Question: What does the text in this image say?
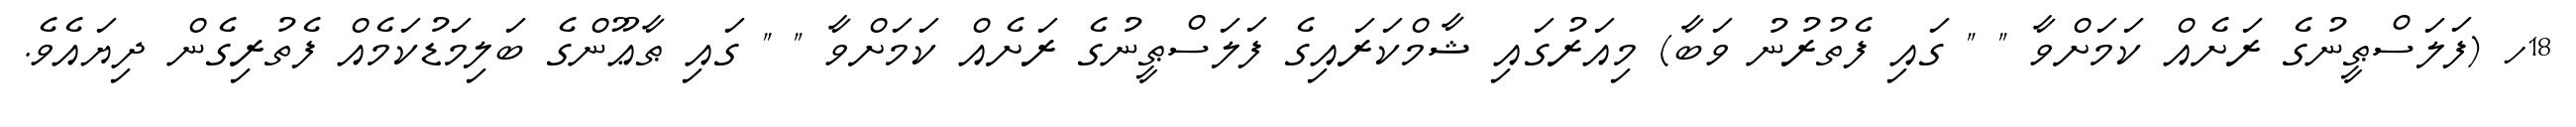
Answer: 18ހ (ފަލަސްޠީނުގެ ރަށެއް ކަމަށްވާ " " ގައި ފެތުރުނު ވަބާ) މިއަރުގައި ޝާމްކަރައިގެ ފަލަސްޠީނުގެ ރަށެއް ކަމަށްވާ " " ގައި ޠާޢޫންގެ ބަލިމަޑުކަމެއް ފެތުރިގެން ދިޔައެވެ.